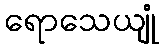
ရောသေယျုံ